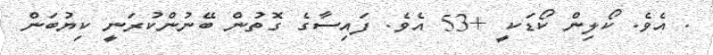
. އެވެ. ކޯލިން ކޯޑަކީ +53 އެވެ. ފައިސާގެ ގޮތުން ބޭނުންކުރަނީ ކިޔުބަން